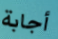
أجابة